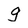
Character: g